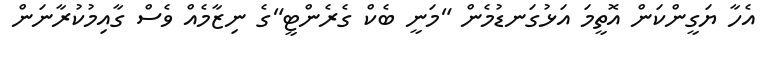
އެހާ ޔަގީންކަން އޮތީމަ އަޅުގަނޑުމެން "މަނީ ބެކް ގެރެންޓީ"ގެ ނިޒާމެއް ވެސް ގާއިމުކުރާނަން